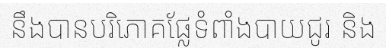
នឹងបានបរិភោគផ្លែទំពាំងបាយជូរ និង